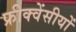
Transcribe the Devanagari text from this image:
फ्रीक्वेंसीयों